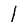
Character: l